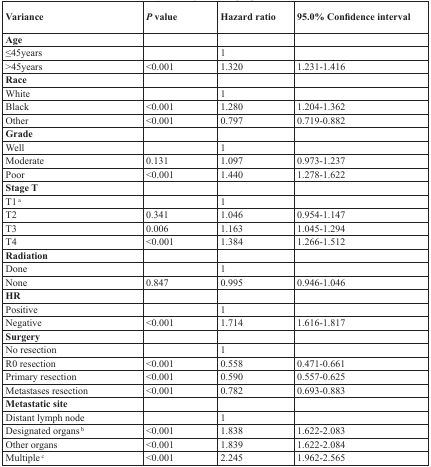
| Variance | P value | Hazard ratio | 95.0% Confidence interval |
 | --- | --- | --- | --- |
 | Age |  |  |  |
 | ≤45years |  | 1 |  |
 | >45years | <0.001 | 1.320 | 1.231-1.416 |
 | Race |  |  |  |
 | White |  | 1 |  |
 | Black | <0.001 | 1.280 | 1.204-1.362 |
 | Other | <0.001 | 0.797 | 0.719-0.882 |
 | Grade |  |  |  |
 | Well |  | 1 |  |
 | Moderate | 0.131 | 1.097 | 0.973-1.237 |
 | Poor | <0.001 | 1.440 | 1.278-1.622 |
 | Stage T |  |  |  |
 | T1a |  | 1 |  |
 | T2 | 0.341 | 1.046 | 0.954-1.147 |
 | T3 | 0.006 | 1.163 | 1.045-1.294 |
 | T4 | <0.001 | 1.384 | 1.266-1.512 |
 | Radiation |  |  |  |
 | Done |  | 1 |  |
 | None | 0.847 | 0.995 | 0.946-1.046 |
 | HR |  |  |  |
 | Positive |  | 1 |  |
 | Negative | <0.001 | 1.714 | 1.616-1.817 |
 | Surgery |  |  |  |
 | No resection |  | 1 |  |
 | R0 resection | <0.001 | 0.558 | 0.471-0.661 |
 | Primary resection | <0.001 | 0.590 | 0.557-0.625 |
 | Metastases resection | <0.001 | 0.782 | 0.693-0.883 |
 | Metastatic site |  |  |  |
 | Distant lymph node |  | 1 |  |
 | Designated organsb | <0.001 | 1.838 | 1.622-2.083 |
 | Other organs | <0.001 | 1.839 | 1.622-2.084 |
 | Multiplec | <0.001 | 2.245 | 1.962-2.565 |